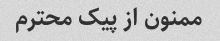
ممنون از پیک محترم